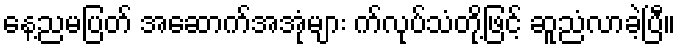
နေ့ညမပြတ် အဆောက်အအုံများ က်လုပ်သံတို့ဖြင့် ဆူညံလာခဲ့ပြီ။